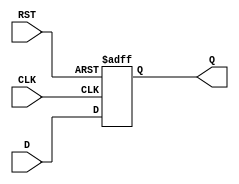
module FF_Register #(parameter N = 8) (
    input wire [N-1:0] D,       // Data input
    input wire CLK,              // Clock input
    input wire RST,              // Asynchronous reset
    output reg [N-1:0] Q         // Data output
);

    // Always block for sequential logic
    always @(posedge CLK or posedge RST) begin
        if (RST) begin
            Q <= {N{1'b0}};        // Reset all bits to 0
        end else begin
            Q <= D;                // Capture data on rising edge of CLK
        end
    end

endmodule